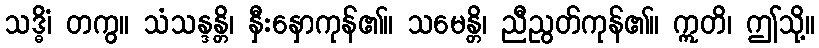
သဒ္ဓိံ၊ တကွ။ သံသန္ဒန္တိ၊ နှီးနှောကုန်၏။ သမေန္တိ၊ ညီညွတ်ကုန်၏။ ဣတိ၊ ဤသို့။